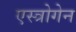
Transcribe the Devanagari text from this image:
एस्त्रोगेन